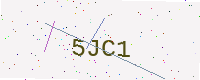
Text: 5JC1